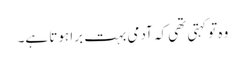
وہ تو کہتی تھی کہ آدمی بہت برا ہوتا ہے۔